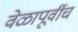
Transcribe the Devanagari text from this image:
वेळापूर्वीच